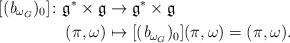
LaTeX: \begin{align*}[(\emph{b}_{\omega_G})_0]\colon \mathfrak{g}^*\times \mathfrak{g} \to&\; \mathfrak{g}^*\times \mathfrak{g}\\(\pi, \omega) \mapsto&\; [(\emph{b}_{\omega_G})_0](\pi, \omega)= (\pi, \omega).\end{align*}